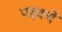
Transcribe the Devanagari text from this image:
पड़क्यें